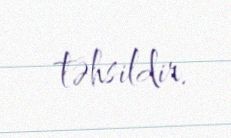
təhsildir.